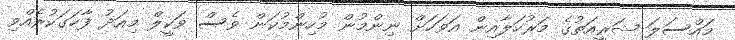
މައްސަލަ ޝަރީއަތުގެ މަރުހަލާއިން އަވަހަށް ނިންމުން މުހިންމުކަން ވެސް ވަކީލް މިއަދު ފާހަގަކުރެއްވި